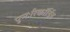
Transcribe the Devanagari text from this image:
पुनःरिकॉर्डिड